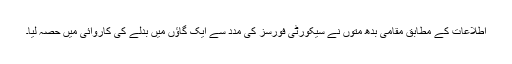
اطلاعات کے مطابق مقامی بدھ متوں نے سیکورٹی فورسز کی مدد سے ایک گاؤں میں بدلے کی کاروائی میں حصہ لیا۔